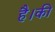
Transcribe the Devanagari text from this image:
है।की